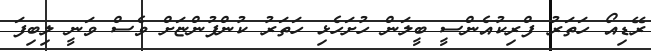
ރޭޑިއޯ ހަތަރު ފްރިކުއެންސީ ބީލަން ހުށަހެޅި ހަތަރު ކުންފުންޏަށް ވެސް ވަނީ ލިބިފަ